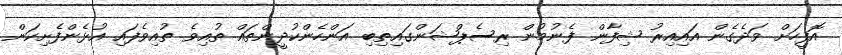
އޮފީހަށް ވަދެގެން އައިއިރު ޝިފާން ފެނުމުން ރިސެޕްޝަންގައިތިބި އަންހެންކުދީންތައް ތުއިވެ ތުއިވެފައި އުޅެންފެށިކަން